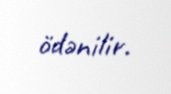
ödənilir.